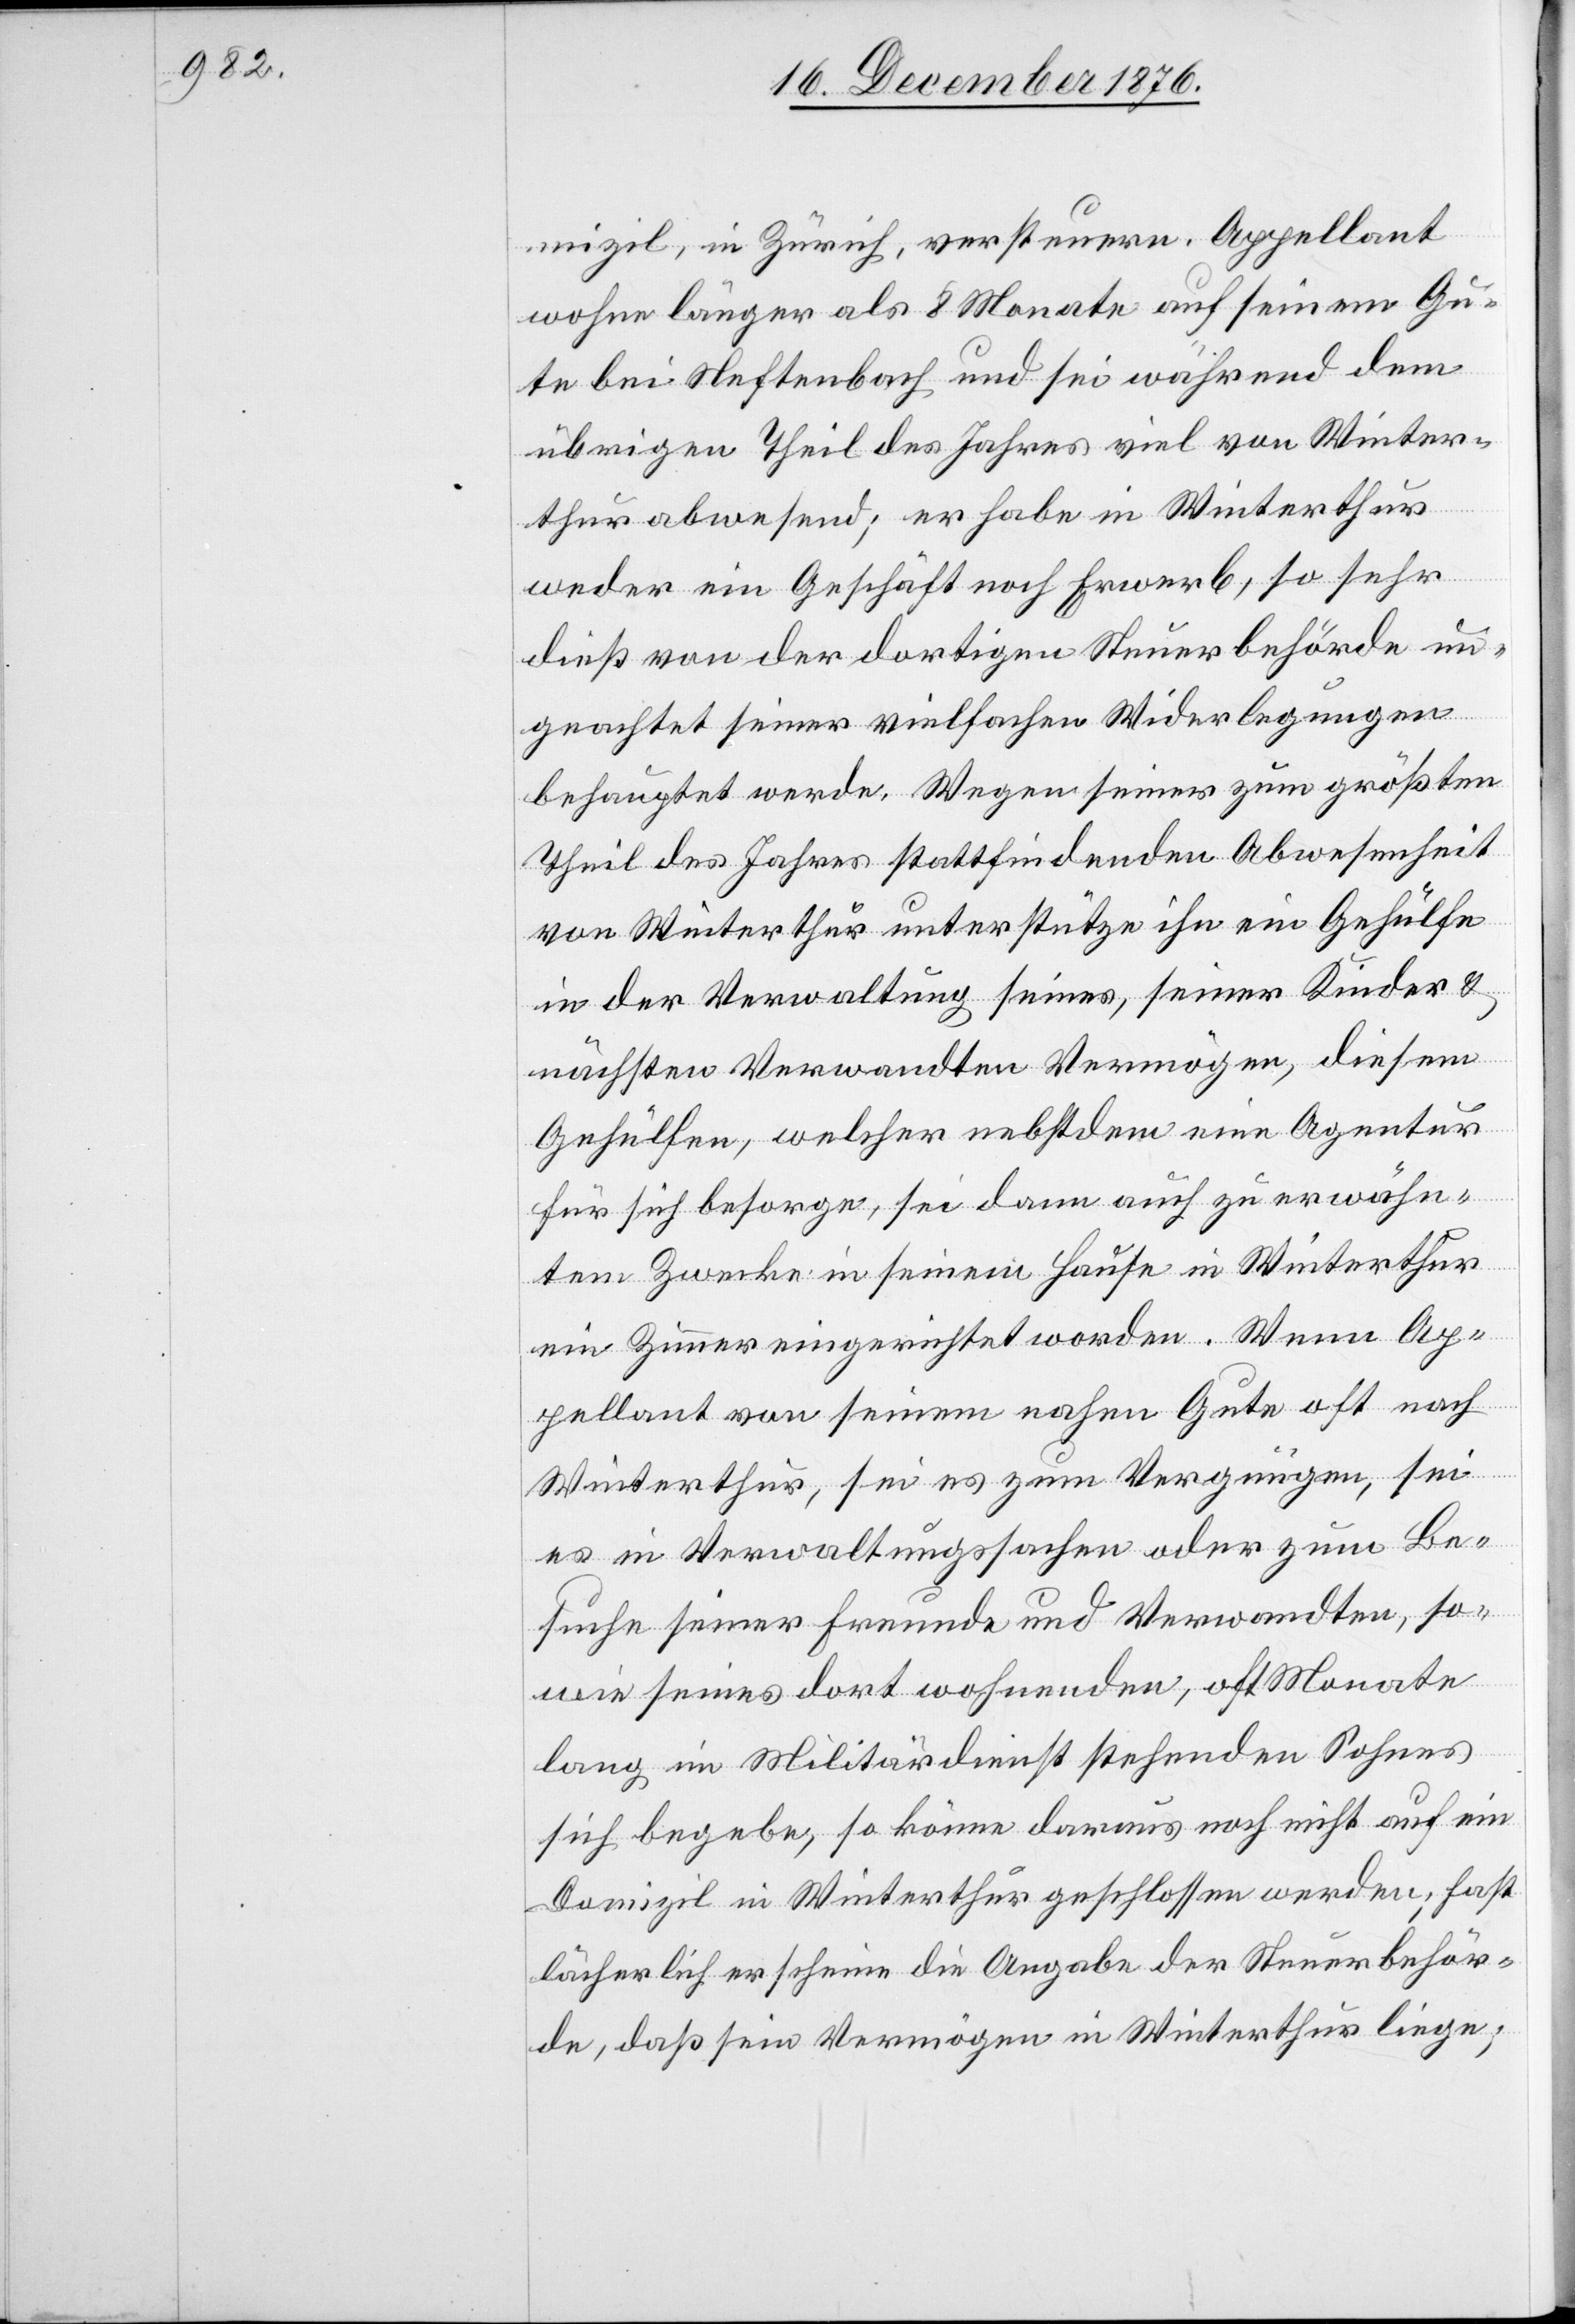
mizil, in Zürich, versteuern. Appellant
wohne länger als 8 Monate auf seinem Gu¬
te bei Neftenbach und sei während dem
übrigen Thiel des Jahres viel von Winter¬
thur abwesend; er habe in Winterthur
weder ein Geschäft noch Erwerb, so sehr
dieß von der dortigen Steuerbehörde un¬
geachtet seiner vielfachen Widerlegungen
behauptet werde. Wegen seiner zum größten
Theil des Jahres stattfindenden Abwesenheit
von Winterthur unterstütze ihn ein Gehülfe
in der Verwaltung seines, seiner [sic!] Kinder &
nächsten Verwandten Vermögen, diesem
Gehülfen, welcher nebstdem eine Agentur
für sich besorge, sei dann auch zu erwähn¬
tem Zwecke in seinem Hause in Winterthur
ein Zimmer eingerichtet worden. Wenn Ap¬
pellant von seinem nahen Gute oft nach
Winterthur, sei es zum Vergnügen, sei
es in Verwaltungssachen oder zum Be¬
suche seiner Freunde und Verwandten, so¬
wie seines dort wohnenden, oft Monate
lang im Militärdienst stehenden Sohnes
sich begebe, so könne daraus noch nicht auf ein
Domizil in Winterthur geschlossen werden; fast
lächerlich erschiene die Angabe der Steuerbehör¬
de, daß sein Vermögen in Winterthur liege;